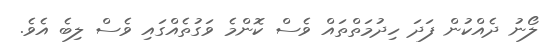
ލޯނު ދެއްކުން ފަދަ ހިދުމަތްތައް ވެސް ކޮންމެ ވަގުތެއްގައި ވެސް ލިބެ އެވެ.